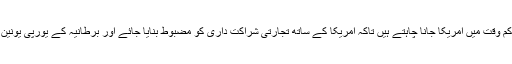
اخباری رپورٹ کے مطابق بوریس جانسن وزارت عظمیٰ کا قلم دان سنھبالنے کے بعد کم سے کم وقت میں امریکا جانا چاہتے ہیں تاکہ امریکا کے ساتھ تجارتی شراکت داری کو مضبوط بنایا جائے اور برطانیہ کے یورپی یونین سے انخلاء کی دی گئی آخری تاریخ31 اکتوبر تک امریکا متبادل تجارتی راستے تلاش کرلے۔